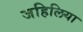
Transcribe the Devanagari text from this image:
जहिलिया